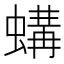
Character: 𱿼